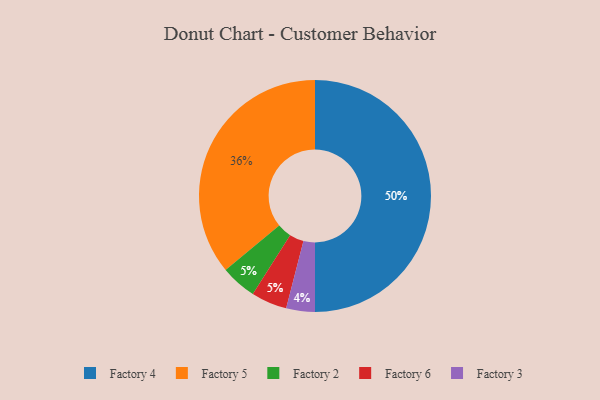
{"axis": {"x": "Category", "y": "Percentage"}, "legend": ["Factory 2", "Factory 3", "Factory 4", "Factory 5", "Factory 6"], "data": [{"x": "Factory 5", "y": 36, "type": "Factory 5"}, {"x": "Factory 3", "y": 4, "type": "Factory 3"}, {"x": "Factory 2", "y": 5, "type": "Factory 2"}, {"x": "Factory 4", "y": 50, "type": "Factory 4"}, {"x": "Factory 6", "y": 5, "type": "Factory 6"}]}